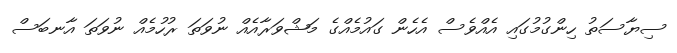
ސިޔާސަތު ހިންގުމުގައި އެއްވެސް އެހެން ގައުމެއްގެ މަޝްވަރާއެއް ނުވަތަ ރުހުމެއް ނުވަތަ އާނބަސް